Lunatic asylums Madras 1877-1891 - 1877-1891
Year: 1877
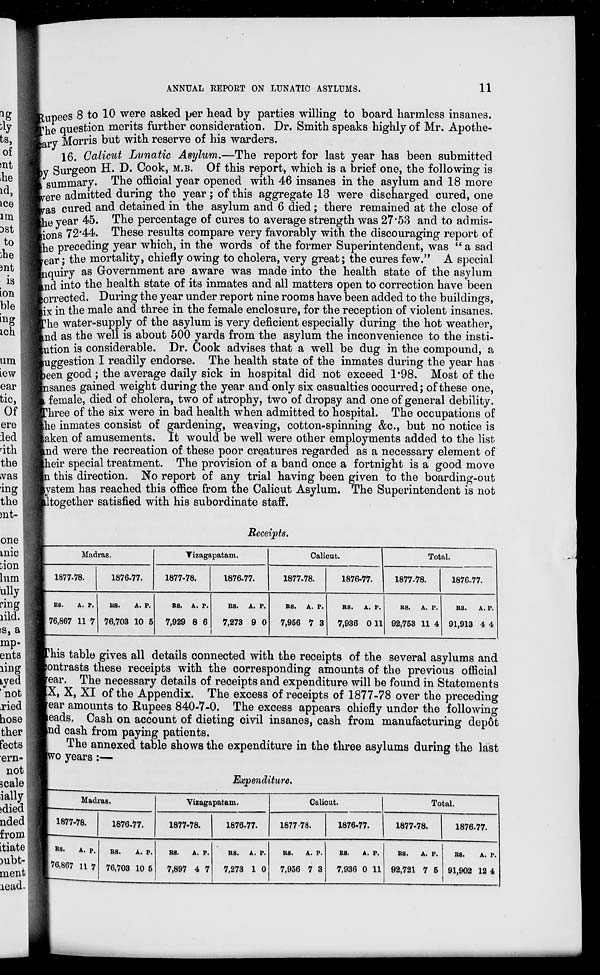
ANNUAL REPORT ON LUNATIC ASYLUMS.
11
Rupees 8 to 10 were asked per head by parties willing to board harmless insanes.
The question merits further consideration. Dr. Smith speaks highly of Mr. Apothe-
ary Morris but with reserve of his warders.
16. Calicut Lunatic Asylum.—The report for last year has been submitted
y Surgeon H. D. Cook, M.B. Of this report, which is a brief one, the following is
summary. The official year opened with 46 insanes in the asylum and 18 more
were admitted during the year; of this aggregate 13 were discharged cured, one
was cured and detained in the asylum and 6 died; there remained at the close of
the year 45. The percentage of cures to average strength was 27.53 and to admis-
tions 72.44. These results compare very favorably with the discouraging report of
the preceding year which, in the words of the former Superintendent, was " a sad
ear; the mortality, chiefly owing to cholera, very great; the cures few." A special
enquiry as Government are aware was made into the health state of the asylum
and into the health state of its inmates and all matters open to correction have been
corrected. During the year under report nine rooms have been added to the buildings,
six in the male and three in the female enclosure, for the reception of violent insanes.
The water-supply of the asylum is very deficient especially during the hot weather,
and as the well is about 500 yards from the asylum the inconvenience to the insti-
tution is considerable. Dr. Cook advises that a well be dug in the compound, a
suggestion I readily endorse. The health state of the inmates during the year has
been good; the average daily sick in hospital did not exceed 1.98. Most of the
nsanes gained weight during the year and only six casualties occurred; of these one,
female, died of cholera, two of atrophy, two of dropsy and one of general debility.
three of the six were in bad health when admitted to hospital. The occupations of
the inmates consist of gardening, weaving, cotton-spinning &c, but no notice is
taken of amusements. It would be well were other employments added to the list
and were the recreation of these poor creatures regarded as a necessary element of
heir special treatment. The provision of a band once a fortnight is a good move
n this direction. No report of any trial having been given to the boarding-out
system has reached this office from the Calicut Asylum. The Superintendent is not
ltogether satisfied with his subordinate staff.
Receipts.
Madras.
1877-78.
Rs.
76,867
A.
11
P.
7
1876-77.
RS.
76,703
A.
10
P.
5
Vizagapatam.
1877-78.
RS.
7,929
A.
8
P.
6
1876-77.
RS.
7,273
A.
9
P.
0
Calicut.
1877-78.
RS.
7,956
A.
7
P.
3
1876-77.
RS.
7,936
A.
0
P.
11
Total.
1877-78.
RS.
92,753
A.
11
P.
4
1876-77.
RS.
91,913
A.
4
P.
4
This table gives all details connected with the receipts of the several asylums and
contrasts these receipts with the corresponding amounts of the previous official
ear. The necessary details of receipts and expenditure will be found in Statements
X, X, XI of the Appendix. The excess of receipts of 1877-78 over the preceding
ear amounts to Rupees 840-7-0. The excess appears chiefly under the following
eads. Cash on account of dieting civil insanes, cash from manufacturing depôt
and cash from paying patients.
The annexed table shows the expenditure in the three asylums during the last
two years:—
Expenditure.
Madras.
1877-78.
RS.
76,867
A.
11
P.
7
1876-77.
RS.
76,703
A.
10
P.
5
Vizagapatam.
1877-78.
RS.
7,897
A.
4
P.
7
1876-77.
B8.
7,273
A.
1
P.
0
Calicut.
1877-78.
RS.
7,956
A.
7
P.
3
1876-77.
RS.
7,936
A.
0
P.
11
Total.
1877-78.
RS.
92,721
A.
7
P.
5
1876-77.
RS.
91,902
A.
12
P.
4